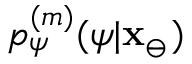
p _ { \psi } ^ { ( m ) } ( \psi | \mathbf { x } _ { \ominus } )